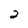
Character: 2